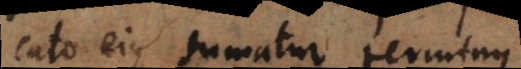
ato ejus sumatur terminus